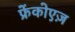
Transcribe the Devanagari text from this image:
फ्रेंकोएज़